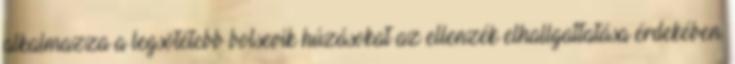
alkalmazza a legsötétebb bolsevik húzásokat az ellenzék elhallgattatása érdekében.